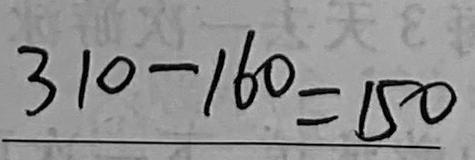
3 1 0 - 1 6 0 = 1 5 0